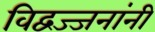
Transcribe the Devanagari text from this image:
विद्वज्जनांनी